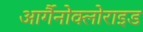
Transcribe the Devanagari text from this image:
आर्गैनोक्लोराइड